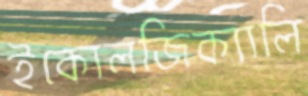
ইকোলজিক্যালি